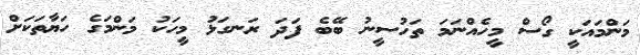
މަންމައަކީ ގޯސް މީހެއްނަމަ ތަހުސީނު ބޭބެ ފަދަ ރަނގަޅު މީހަކު މަންމަގެ ހަޔާތަކަށް